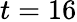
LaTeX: t=16